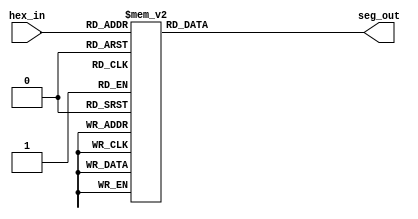
`timescale 1ns / 1ps
//////////////////////////////////////////////////////////////////////////////////
// Company: 
// Engineer: 
// 
// Design Name: 
// Module Name: hex2_7seg
// Project Name: 
// Target Devices: 
// Tool Versions: 
// Description: 
// 
// Dependencies: 
// 
// Revision:
// Revision 0.01 - File Created
// Additional Comments:
// 
//////////////////////////////////////////////////////////////////////////////////

module hex2_7seg(
        input [3:0] hex_in,
        output reg [6:0] seg_out
    );
    always @(*)
        case(hex_in)
            4'd0:  seg_out <= 7'b1000000; // "0"  
            4'd1:  seg_out <= 7'b1111001; // "1" 
            4'd2:  seg_out <= 7'b0100100; // "2" 
            4'd3:  seg_out <= 7'b0110000; // "3" 
            4'd4:  seg_out <= 7'b0011001; // "4" 
            4'd5:  seg_out <= 7'b0010010; // "5" 
            4'd6:  seg_out <= 7'b0000010; // "6" 
            4'd7:  seg_out <= 7'b1111000; // "7" 
            4'd8:  seg_out <= 7'b0000000; // "8"  
            4'd9:  seg_out <= 7'b0010000; // "9"  
            4'd10: seg_out <= 7'b0001000; // "A"  
            4'd11: seg_out <= 7'b0000011; // "B"  
            4'd12: seg_out <= 7'b1000110; // "C"  
            4'd13: seg_out <= 7'b0100001; // "D"  
            4'd14: seg_out <= 7'b0000110; // "E"  
            4'd15: seg_out <= 7'b0001110; // "F"
        endcase
endmodule